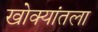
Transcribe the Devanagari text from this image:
खोक्यांतला